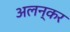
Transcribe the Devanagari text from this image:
अलन्कर